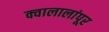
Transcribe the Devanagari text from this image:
क्वालालांपूर